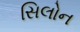
સિલોન